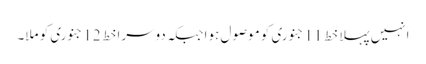
انہیں پہلا خط 11 جنوری کو موصول ہوا جبکہ دوسرا خط 12 جنوری کو ملا۔